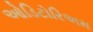
ઓડિટોરિઅમ